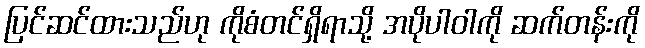
ပြင်ဆင်ထားသည်ဟု ကိုစံတင်ရှိရာသို့ အပိုပါဝါကို ဆက်တန်းကို